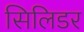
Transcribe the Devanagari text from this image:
सिलिडर